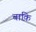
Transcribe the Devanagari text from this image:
बाक़ि